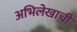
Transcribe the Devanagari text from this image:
अभिलेखाची